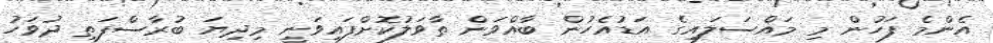
އެންމެ ފަހުން މި މައްސަލައިގެ އަޑުއެހުން ބާއްވަން ތާވަލުކޮށްފައިވަނީ މިދިޔަ ބުރާސްފަތި ދުވަހު